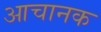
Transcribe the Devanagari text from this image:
आचानक